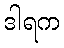
ဒါရက